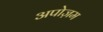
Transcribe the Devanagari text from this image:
अपोज़म